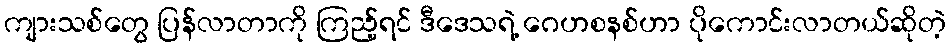
ကျားသစ်တွေ ပြန်လာတာကို ကြည့်ရင် ဒီဒေသရဲ့ ဂေဟစနစ်ဟာ ပိုကောင်းလာတယ်ဆိုတဲ့